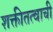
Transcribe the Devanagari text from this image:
शक्तीतत्वाची